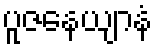
ပူဇနေယျာနံ